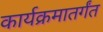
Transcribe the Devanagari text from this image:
कार्यक्रमातर्गंत